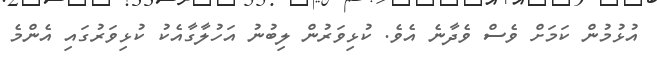
އުޅުމުން ކަމަށް ވެސް ވެދާނެ އެވެ. ކުޅިވަރުން ލިބުނު އަހުލާގާއެކު ކުޅިވަރުގައި އެންމެ